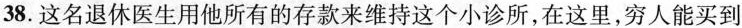
38.这名退休医生用他所有的存款来维持这个小诊所,在这里,穷人能买到